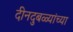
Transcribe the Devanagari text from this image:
दीनदुबळ्यांच्या